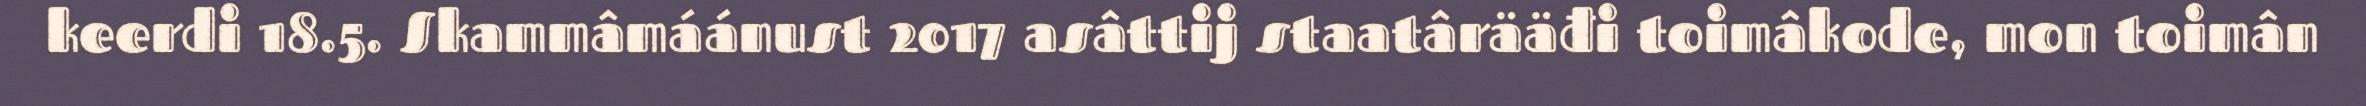
keerdi 18.5. Skammâmáánust 2017 asâttij staatârääđi toimâkode, mon toimân